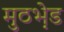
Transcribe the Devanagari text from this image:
मुठभ़ेड